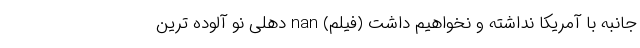
جانبه با آمریکا نداشته و نخواهیم داشت (فیلم) nan دهلی نو آلوده ترین